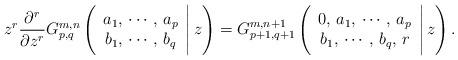
LaTeX: \begin{align*} z^r \frac{\partial^r}{\partial z^r}G^{m,n}_{p,q} \left(\begin{array} {c}a_1,\, \cdots,\, a_p \\ b_1,\,\cdots,\, b_q \end{array}\Bigg|\, z \right)= G^{m,n+1}_{p+1,q+1}\left(\begin{array} {c}0,\,a_1,\, \cdots,\, a_p \\ b_1,\,\cdots,\, b_q,\,r \end{array}\Bigg|\, z \right). \end{align*}